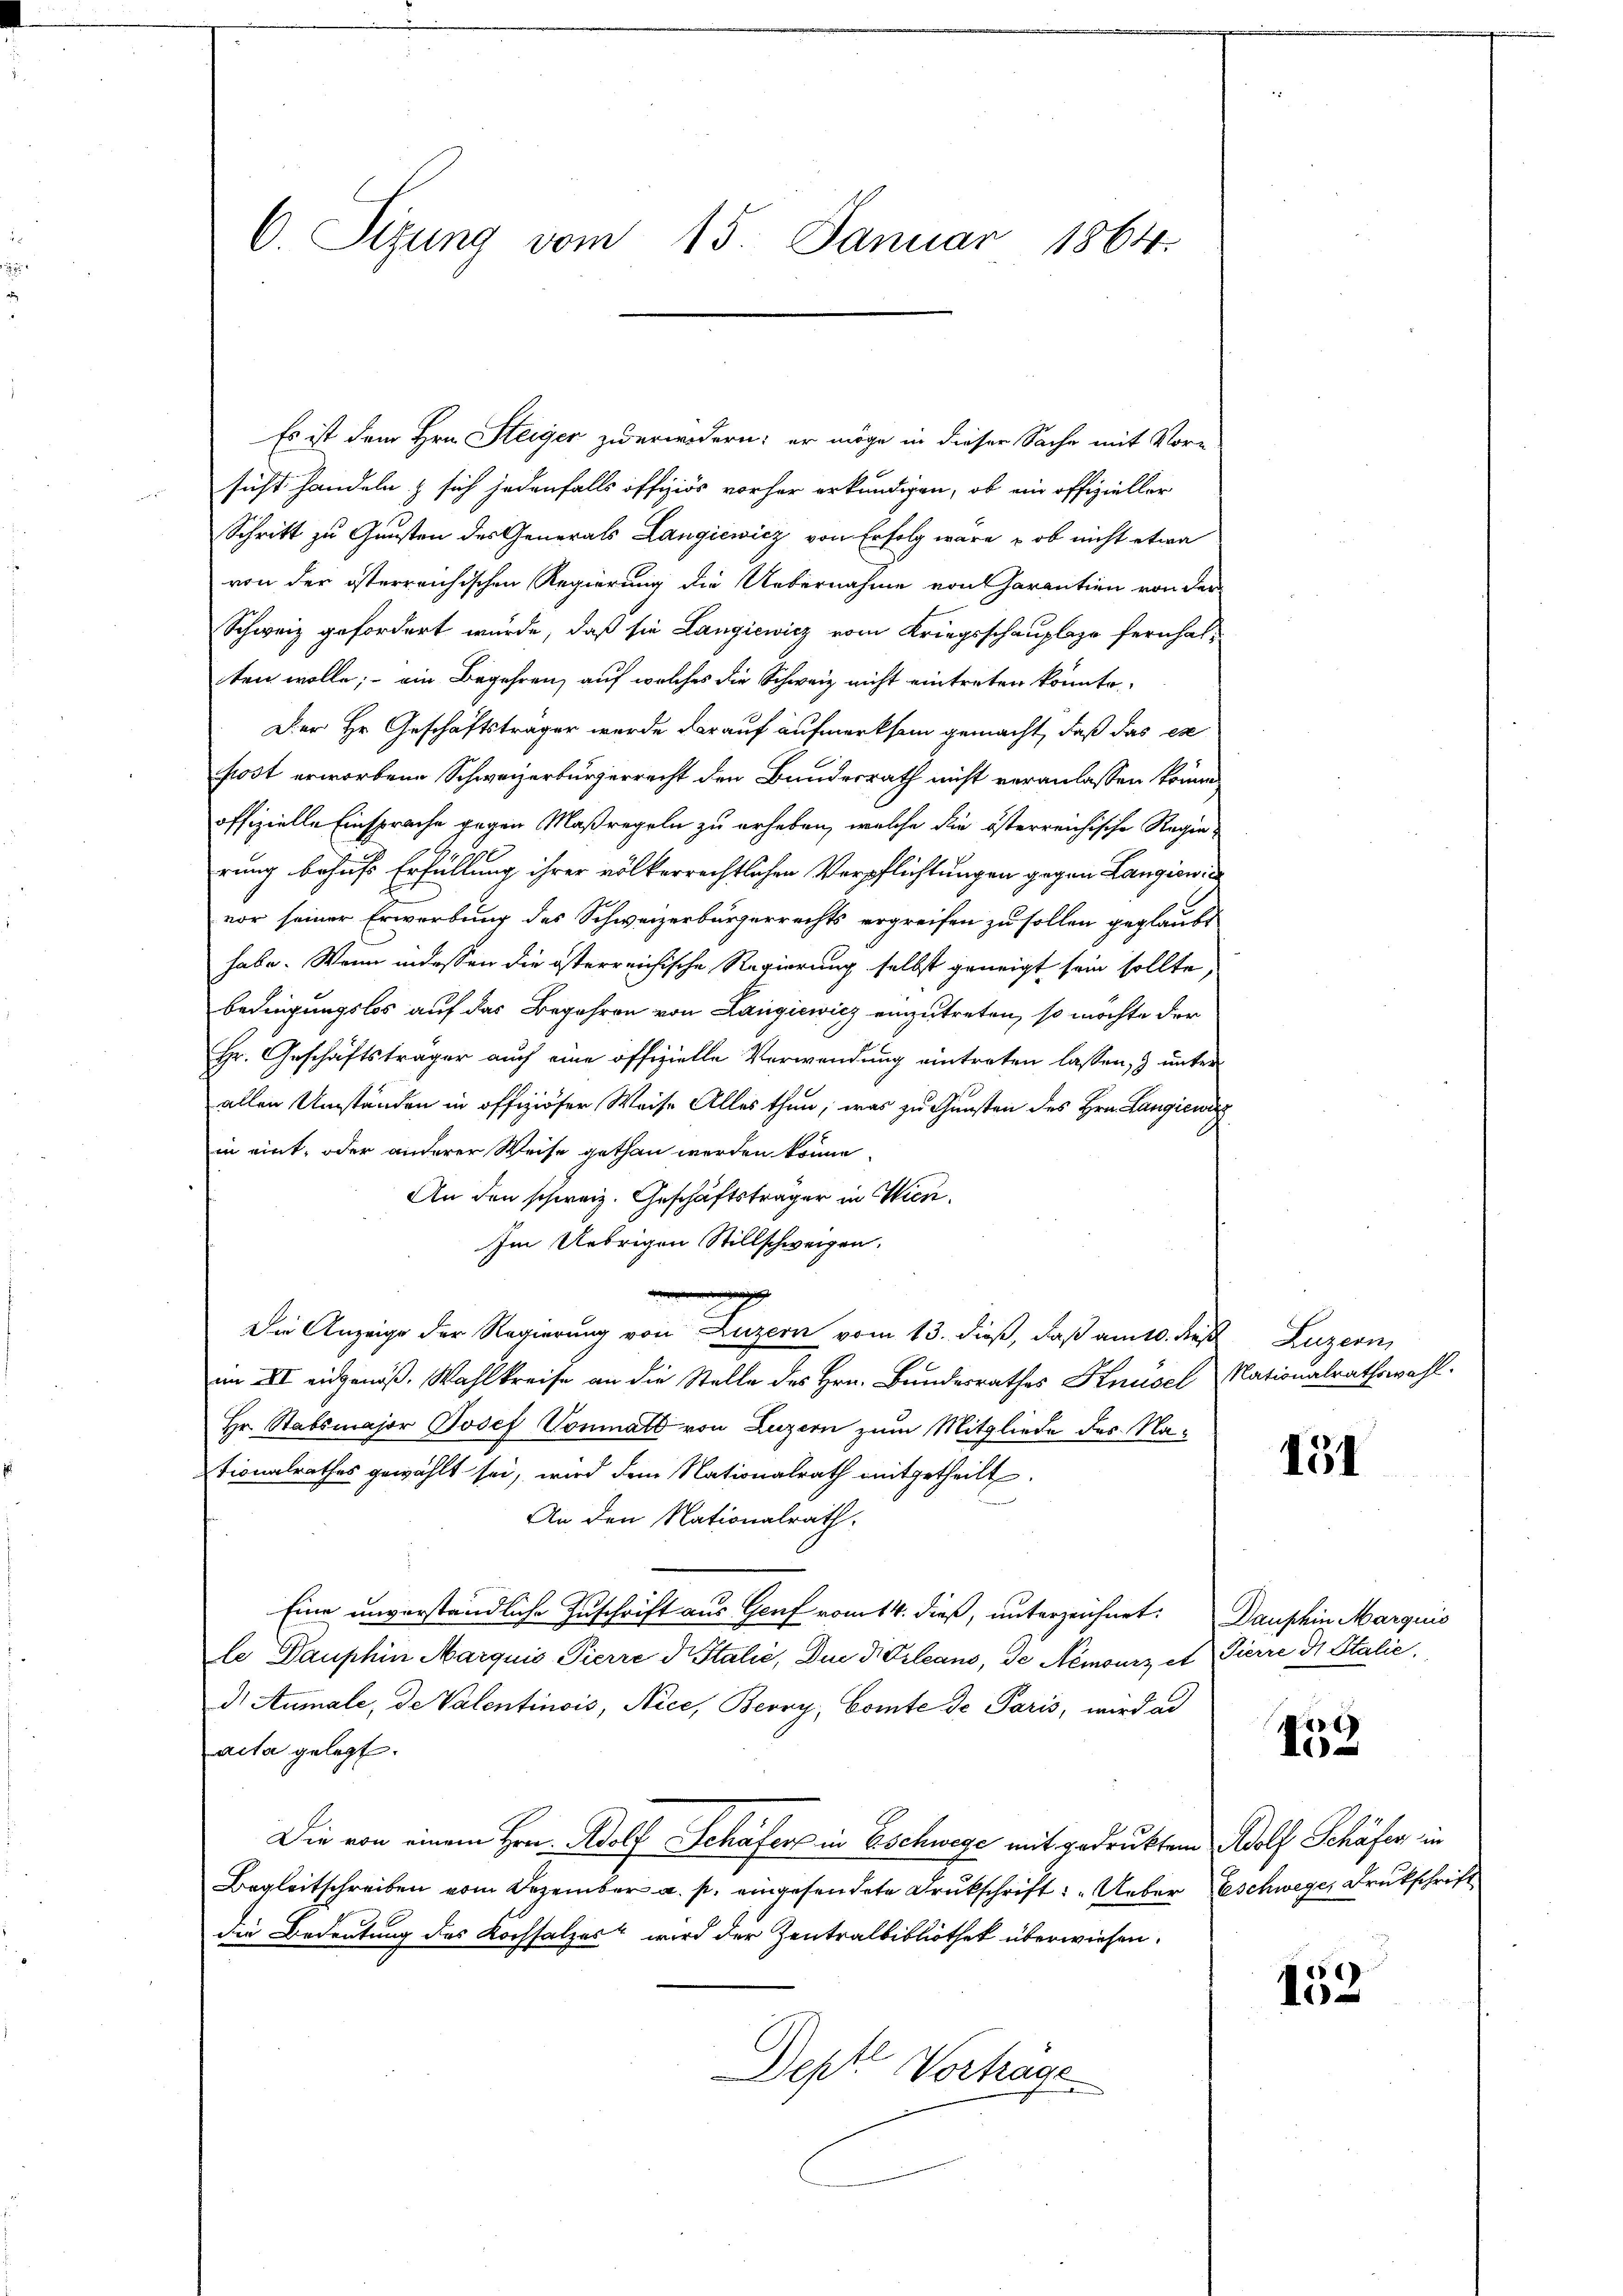
C. Sizung vom 15. Januar 1864.

Es ist dem Hrn. Steiger zuerwidern; er möge in dieser Sache mit Vor-
sicht handeln & sich jedenfalls offiziös vorher erkundigen, ob ein offizieller
Schritt zu Gunsten des Generals Langiewicz von Erfolg wäre , ob nicht etwa
von der österreichischen Regierung die Uebernahme von Garantien von der
Schweiz gefordert wurde, daß sie Langiewicz vom Kriegsschauplage fernhalten wolle; ein Begehren, auf welches die Schweiz nicht eintreten könnte.
Der Hr. Geschäftsträger wurde darauf aufmerksam gemacht, daß das ex
post erworbene Schweizerbürgerrecht den Bundesrath nicht veranlassen könne,
offizielle Einsprache gegen Maßregeln zu erheben, welche die österreichische Regin
rung behufs Erfüllung ihrer völkerrechtlichen Verpflichtungen gegen Langiewic
vor seiner Erwerbung des Schweizerbürgerrechts ergreifen zu sollen geglaubt
habe. Wenn indessen die österreichische Regierung selbst geneigt sein sollte,
bedingungslos auf das Begehren von Langiewicz einzutreten, so möchte der
Hr. Geschäftsträger auch eine offizielle Verwendung eintreten lassen, & unterallen Umständen in offiziöser Weise Alles thun, was zu Gunsten des Hrn. Langiewi
in eint, oder anderer Weise gethan werden könne.
An den schweiz. Geschäftsträger in Wien.
Im Uebrigen Stillschweigen.
Die Anzeige der Regierung von Luzern vom 13. dieß, daß am 10. d. Luzern,
am XII eidgenöß. Wahlkreise an die Stelle des Hrn. Bundesrathes Knüsel Nationalrathswahl.
Hr. Stabsmajor Josef Vonmatt von Luzern zum Mitgliede des Nationalrathes gewählt sei, wird dem Nationalrath mitgetheilt.
An den Nationalrath.
Eine unverständliche Zuschrift aus Genf vom 14. dieß, unterzeichnet: Danschin Marquis
le Dauphin Marquis Pierre d. Stalić, Dm KOrleans, de Nemourz et Pierre di Stalić,
d.Aumale, de Valentinois, Nice, Berry, Comte de Paris, wird ad
acta gelegt.
Die von einem Hrn. Wolf Schäfers in Eschwege mit gedrucktem Adolf Schäfer in
Begleitschreiben vom Dezember a. p. eingesendete Drukschrift: "Ueber schwegen Drukschrift
die Bedeutung des Kochsalzes wird der Zentralbibliothek überwiesen.
Dept Vortrage
u

151

A
I

5
10